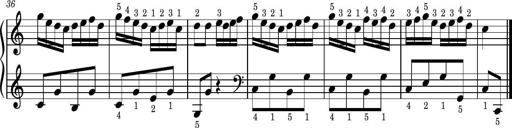
Title: Easy Progressive Lessons and 4 Sonatinas
Composer: Thomas Attwood